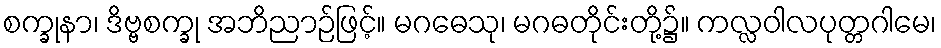
စက္ခုနာ၊ ဒိဗ္ဗစက္ခု အဘိညာဉ်ဖြင့်။ မဂဓေသု၊ မဂဓတိုင်းတို့၌။ ကလ္လဝါလပုတ္တဂါမေ၊